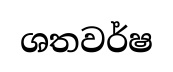
ශතවර්ෂ